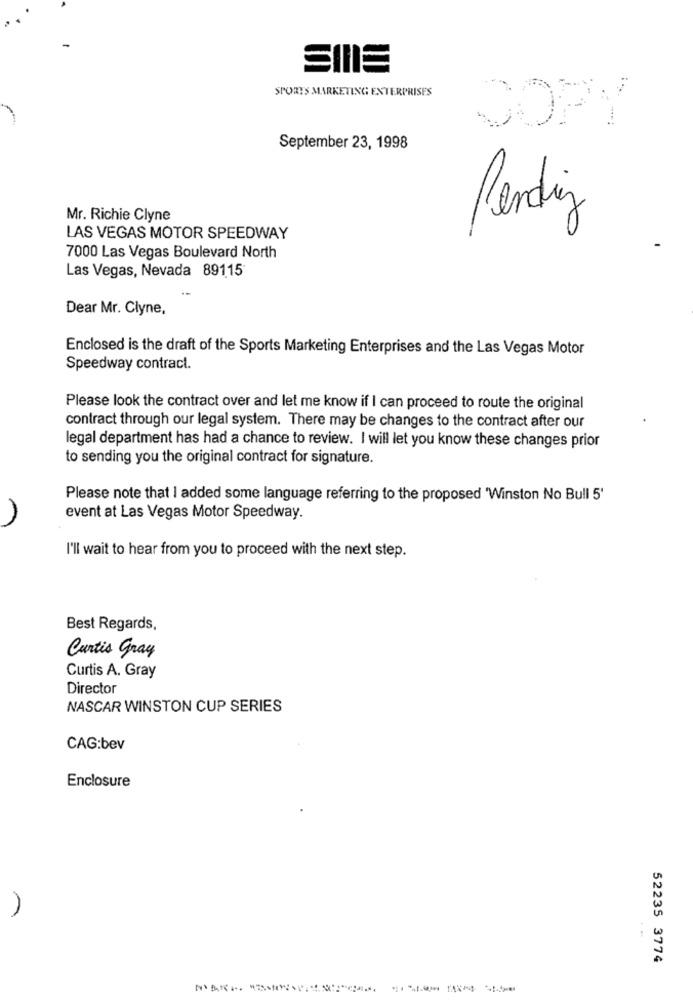
SPORTS MARKETING ENTERPRISES
COPY
September 23, 1998
andrey
Mr. Richie Clyne
LAS VEGAS MOTOR SPEEDWAY
7000 Las Vegas Boulevard North
Las Vegas, Nevada 89115
Dear Mr. Clyne.
Enclosed is the draft of the Sports Marketing Enterprises and the Las Vegas Motor
Speedway contract.
Please look the contract over and let me know if I can proceed to route the original
contract through our legal system. There may be changes to the contract after our
legal department has had a chance to review. I will let you know these changes prior
to sending you the original contract for signature.
Please note that I added some language referring to the proposed 'Winston No Bull 5'
event at Las Vegas Motor Speedway.
I'll wait to hear from you to proceed with the next step.
Best Regards,
Curtis Gray
Curtis A. Gray
Director
NASCAR WINSTON CUP SERIES
CAG:bev
Enclosure
52235 3774